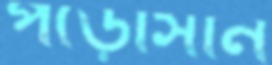
পড়োসান